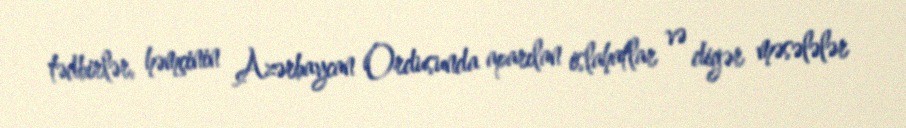
tədbirlər, həmçinin Azərbaycan Ordusunda aparılan islahatlar və digər məsələlər